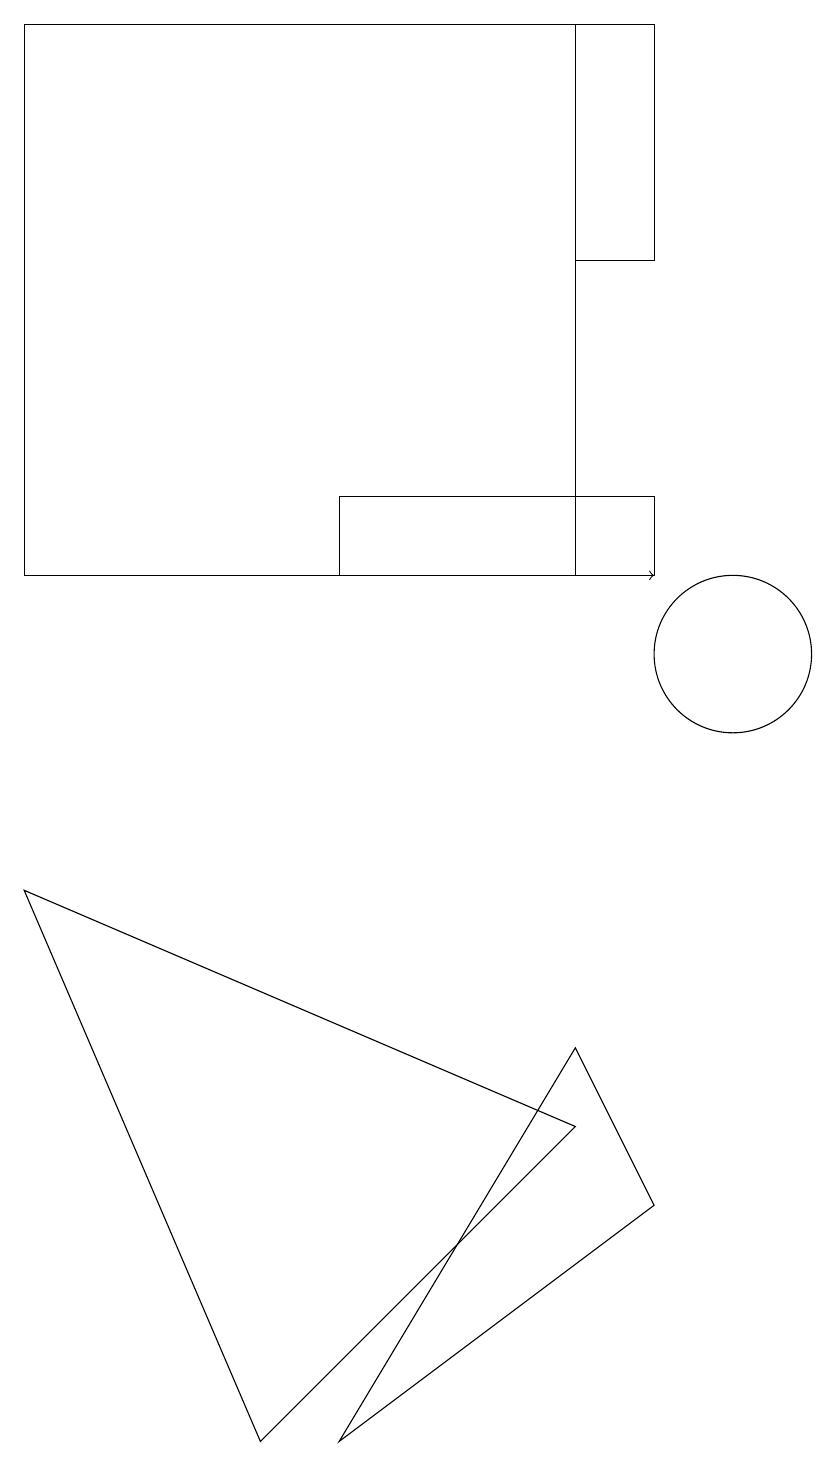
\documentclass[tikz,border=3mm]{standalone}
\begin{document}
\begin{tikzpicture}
\draw (8,19) rectangle (9,16);
\draw (9,4) -- (5,1) -- (8,6) -- cycle;
\draw (4,1) -- (8,5) -- (1,8) -- cycle;
\draw (5,12) rectangle (9,13);
\draw (10,11) circle (1);
\draw (1,12) rectangle (8,19);
\draw (7,19) rectangle (5,19);
\draw[->] (8,12) -- (9,12);
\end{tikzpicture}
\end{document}